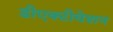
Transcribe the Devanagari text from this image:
डीएक्टीवेशन